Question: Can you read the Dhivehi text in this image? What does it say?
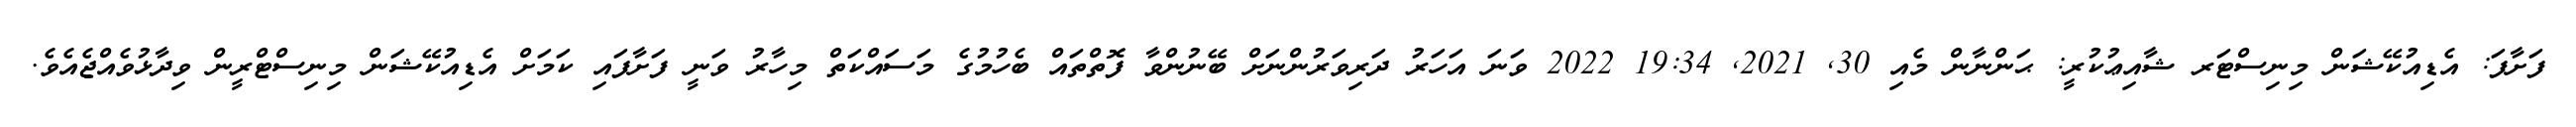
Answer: ފަށާފަ: އެޑިއުކޭޝަން މިނިސްޓަރ ޝާއިޢުކުރީ: ޙަންނާން މެއި 30, 2021, 19:34 2022 ވަނަ އަހަރު ދަރިވަރުންނަށް ބޭނުންވާ ފޮތްތައް ބެހުމުގެ މަސައްކަތް މިހާރު ވަނީ ފަށާފައި ކަމަށް އެޑިއުކޭޝަން މިނިސްޓްރީން ވިދާޅުވެއްޖެއެވެ.